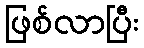
ဖြစ်လာပြီး